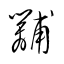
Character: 黼